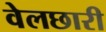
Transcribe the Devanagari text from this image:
वेलछारी